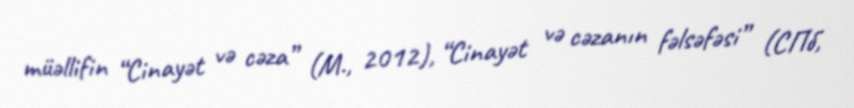
müəllifin “Cinayət və cəza” (M., 2012), “Cinayət və cəzanın fəlsəfəsi” (СПб,